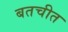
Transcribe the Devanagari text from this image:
बतचीत